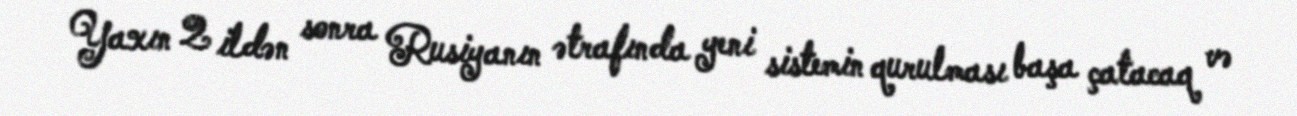
Yaxın 2 ildən sonra Rusiyanın ətrafında yeni sistemin qurulması başa çatacaq və